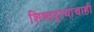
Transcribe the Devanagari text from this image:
शिष्यवृत्त्यांचाही